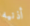
أذنيه